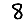
Digit: 8